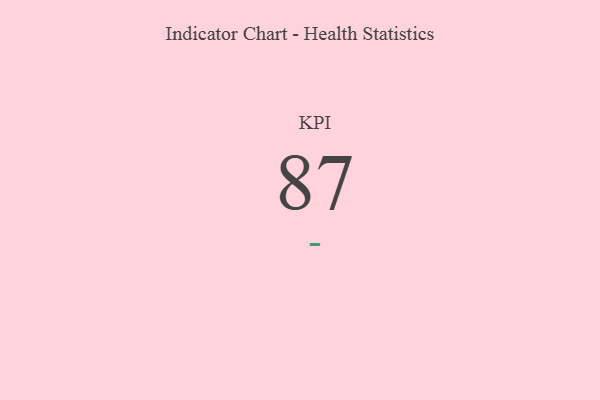
{"axis": {"x": "KPI", "y": "Value"}, "legend": [""], "data": [{"x": "KPI", "y": 87, "type": ""}]}